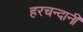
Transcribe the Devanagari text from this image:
हरचन्दानी